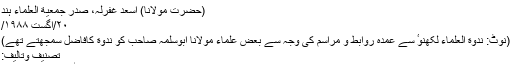
“
(حضرت مولانا) اسعد غفرلہ، صدر جمعیة العلماء ہند
۲۰/اگست ۱۹۸۸/
(نوٹ: ندوة العلماء لکھنوٴ سے عمدہ روابط و مراسم کی وجہ سے بعض علماء مولانا ابوسلمہ صاحب کو ندوة کافاضل سمجھتے تھے)
تصنیف وتالیف:
صاحب رجال السند والہند قاضی اطہرمبارکپوری رحمة الله عليه فرماتے ہیں۔